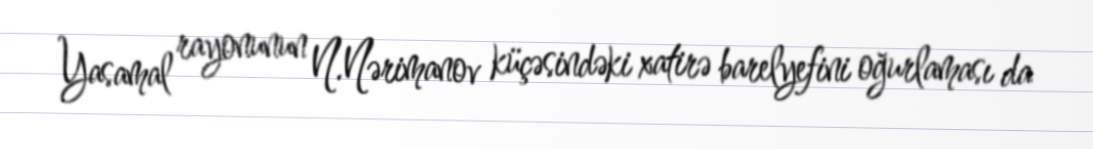
Yasamal rayonunun N.Nərimanov küçəsindəki xatirə barelyefini oğurlaması da